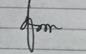
Signature authenticity: genuine